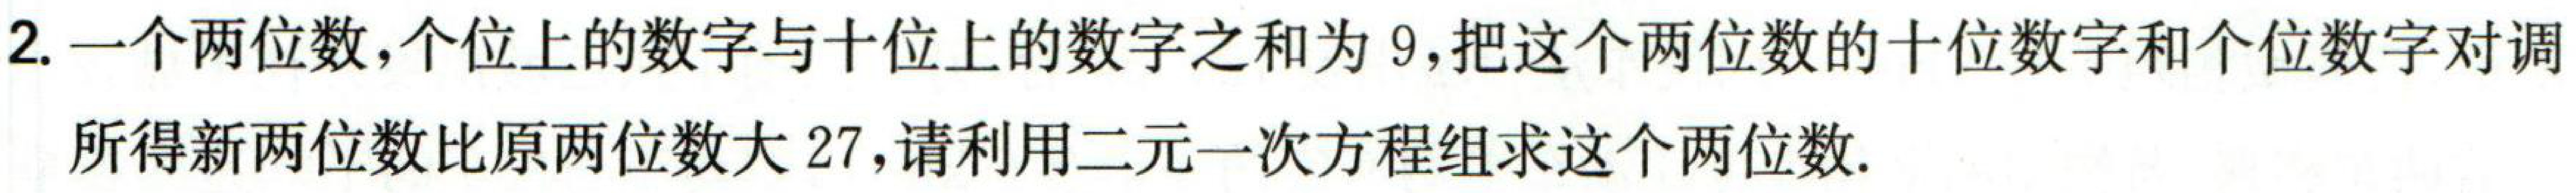
2. 一个两位数，个位上的数字与十位上的数字之和为\(9\)，把这个两位数的十位数字和个位数字对调所得新两位数比原两位数大\(27\)，请利用二元一次方程组求这个两位数.